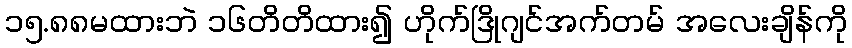
၁၅.၈၈မထားဘဲ ၁၆တိတိထား၍ ဟိုက်ဒြိုဂျင်အက်တမ် အလေးချိန်ကို